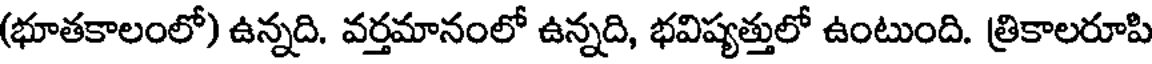
(భూతకాలంలో) ఉన్నది. వర్తమానంలో ఉన్నది, భవిష్యత్తులో ఉంటుంది. త్రికాలరూపి